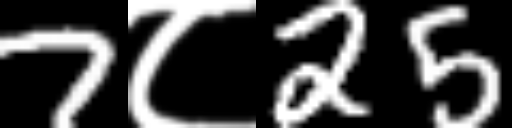
Text: 7८25